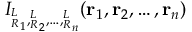
I _ { { ^ L _ { R } } _ { 1 } , { ^ L _ { R } } _ { 2 } , \ldots , { ^ L _ { R } } _ { n } } ( \mathbf { r } _ { 1 } , \mathbf { r } _ { 2 } , \ldots , \mathbf { r } _ { n } )